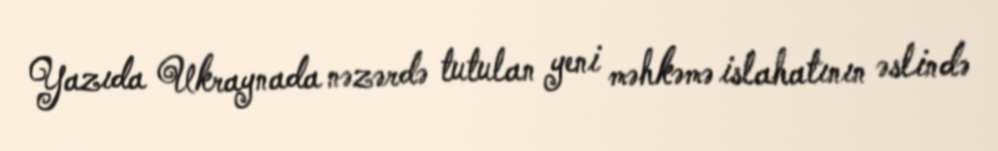
Yazıda Ukraynada nəzərdə tutulan yeni məhkəmə islahatının əslində